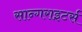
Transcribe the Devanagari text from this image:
सान्गराइटर्स